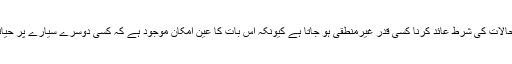
اس لحاظ سے دیکھا جائے تو کائنات میں کسی اور سیارے پر زندگی کے لیے زمین جیسے حالات کی شرط عائد کرنا کسی قدر غیرمنطقی ہو جاتا ہے کیونکہ اس بات کا عین امکان موجود ہے کہ کسی دوسرے سیارے پر حیاتی سالمات نے اپنا نظام زندگی اس زمین کے سالمات سے مختلف انداز میں اختیار کیا ہو [8]۔